Seli_vallavalitsus_Parnumaal, lk 31
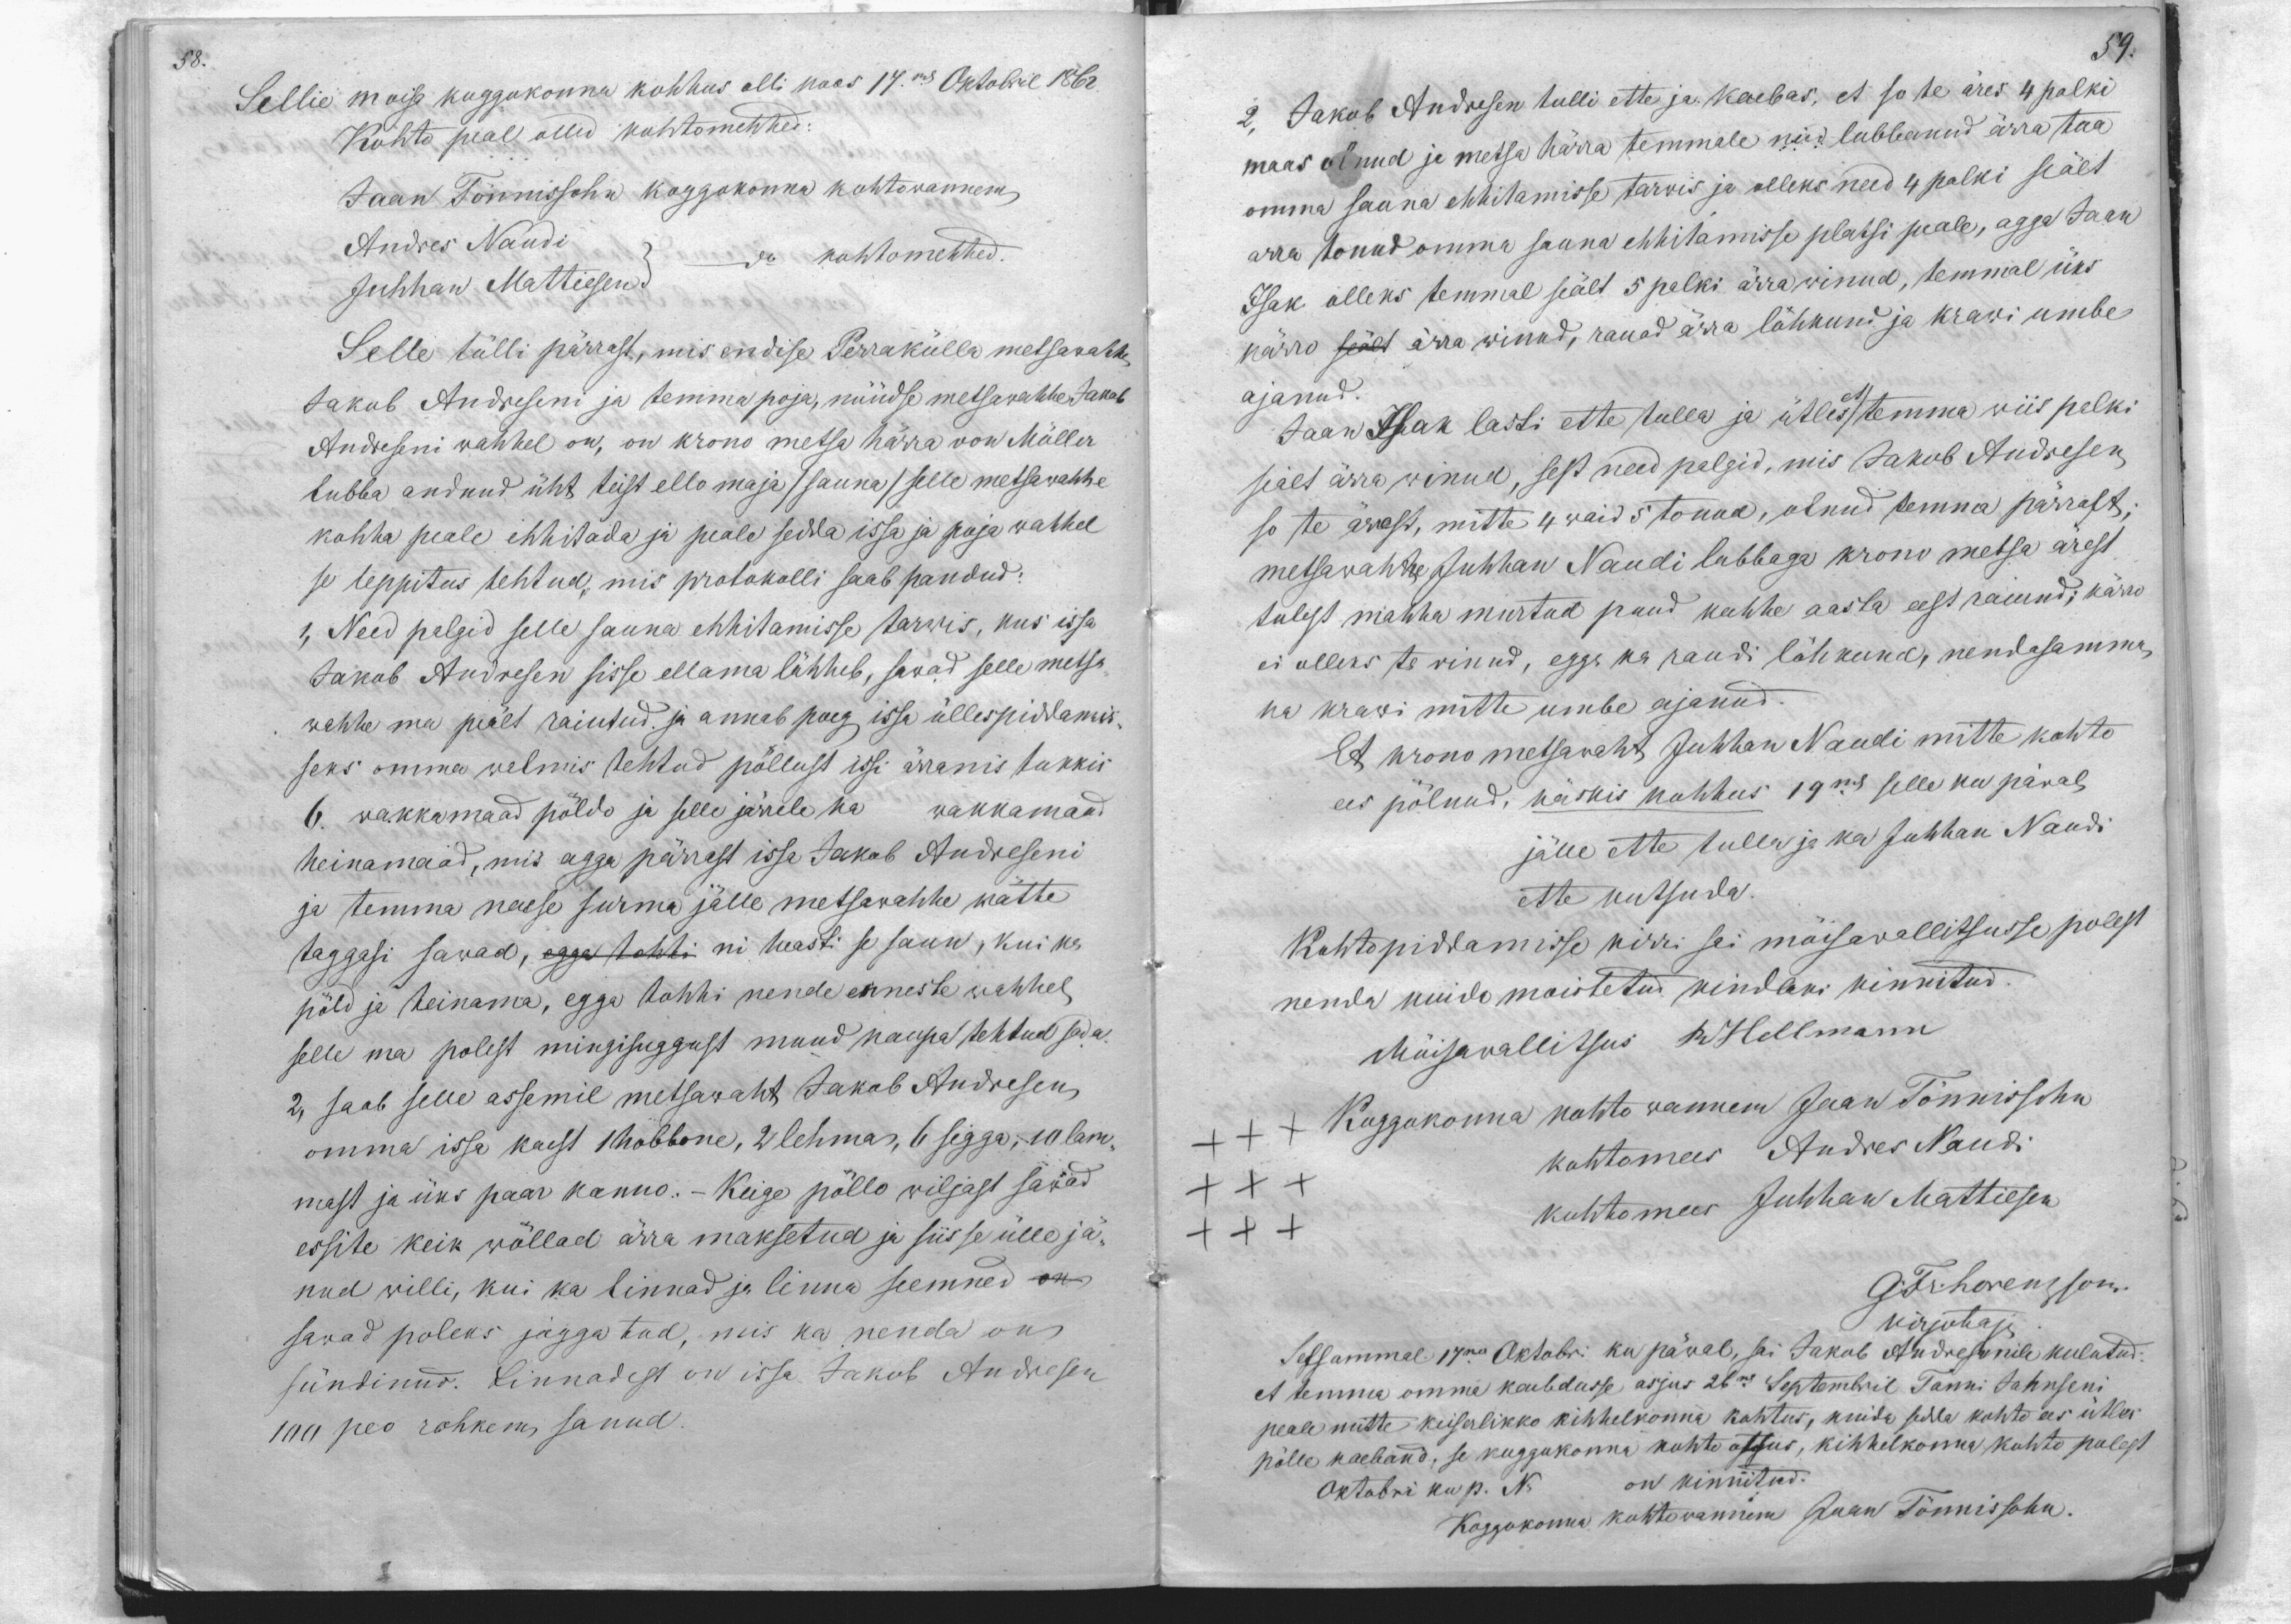
58.

Sellie moisa koggokonna kohhus olli koos 17ma Oktobril 1862
Kohto peal ollid kohtomehhed
Jaan Tönnissohn koggokonna kohtowannem
Andres Naudi
kohtomehhed
Juhhan Mattiesen
Selle tülli pärrast, mis endise Perrakülla metsawahhe
Jakob Andreseni ja temma poja, nüüdse metsawahhe Jakob
Andreseni wahhel on, on krono metsa härra von Müller
lubba andnud üht teist ello maja /sauna/ selle metsawahhe
kohha peale ehhitada ja peale sedda issa ja poja wahhel
se leppitus tehtud, mis protokolli saab pandud:
1, Need palgid selle sauna ehhitamisse tarwis, kus issa
Jakob Andresen sisse ellama lähheb, sawad selle metsa
wahhe ma peält raiutud ja annab poeg issa üllespiddamis-
seks omma walmis tehtud põllust issi ärranis tukkis
6. wakkamaad pöldo ja selle järele ka wakkamaad
heinamaad, mis agga pärrast issa Jakob Andreseni
ja temma naese surma jälle metsawahhe kätte
taggasi sawad, egga tohhi nii heasti se saun, kui ka
pöld ja heinama, egga tohhi nende enneste wahhel
selle ma polest mingisuggust muud kaupa tehtud sada
2, saab selle assemil metsawaht Jakob Andresen,
omma issa kaest 1 hobbone, 2 lehma, 6 sigga, 10 lam-
mast ja üks paar kanno. - Keige pöllo wiljast sawad
essite keik wöllad ärra maksetud ja siis se ülle jä-
nud willi, kui ka linnad ja linna seemned on
sawad poleks jagga tud, mis ka nenda on
sündinud. Linnadest on issa Jakob Andresen
100 peo rohkem sanud

59.
2, Jakob Andresen tulli ette ja kaebas, et so te äres 4 palki
maas olnud ja metsa härra temmale neid lubbanud ärra toa
omma sauna ehitamisse tarwis ja olleks need 4 palki seält
arra tonud omma sauna ehitamisse platsi peale, agga Jaan
Isak olleks temmal seält 5 polki ärra winud, temmal üks
kärro seält ärra winud, rauad ärra löhkund ja krawi umbe
ajanud.
Jaan Isak lasti ette tulla ja ütles temma wiis palki
sealt ärra winud, sest need palgid, mis Jakob Andresen
so te ärrest, mitte 4 waid 5 tonud, olnud temma pärrast;
metsawahhe Juhhan Naudi lubbaga krono metsa ärest
tulest mahha murtud puud kahhe aasta eest raiund, kärro
ei olleks ta winud, egga ka raudi löhkund, nendasamma,
ka krawi mitte umbe ajanud.
Et krono metsawaht Juhhan Naudi mitte kohto
ees pölnud, käskis kohhus 19mal selle ku päwal
jälle ette tulla ja ka Juhhan Naudi
ette kutsuda.
Kohtopiddamisse kirri sai möisawallitsusse polest
nenda kuida moistetud kindlaks kinnitud.
Möisawallitsus R Hellmann
XXX Koggokonna kohto wannem Jaan Tönnissohn
kohtomees Andres Naudi
XXX
XXX
kohtomees Juhhan Mattiesen
G. Fr. Lorenzson.
kirjotaja
Sessammal 17ma Oktobri ka päwal, sai Jakob Andresonile kulutud
et temma omma kaebdusse asjus 26mal Septembril Tanni Jahnseni
peale mitte keiserlikko kihhelkonna kohtus, kuida sedda kohto ees ütles
pölle kaeband, se koggokonna kohto otsus, kihhelkonna kohto polest
Oktobri ku p. N
on kinnitud.
Koggokonna kohtowannem Jaan Tönnissohn